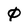
Character: 0